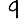
Digit: 9